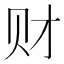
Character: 财